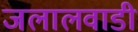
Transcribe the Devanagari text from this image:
जलालवाडी